Report on vaccination in the Province of Bengal - 1869-1873
Year: 1869
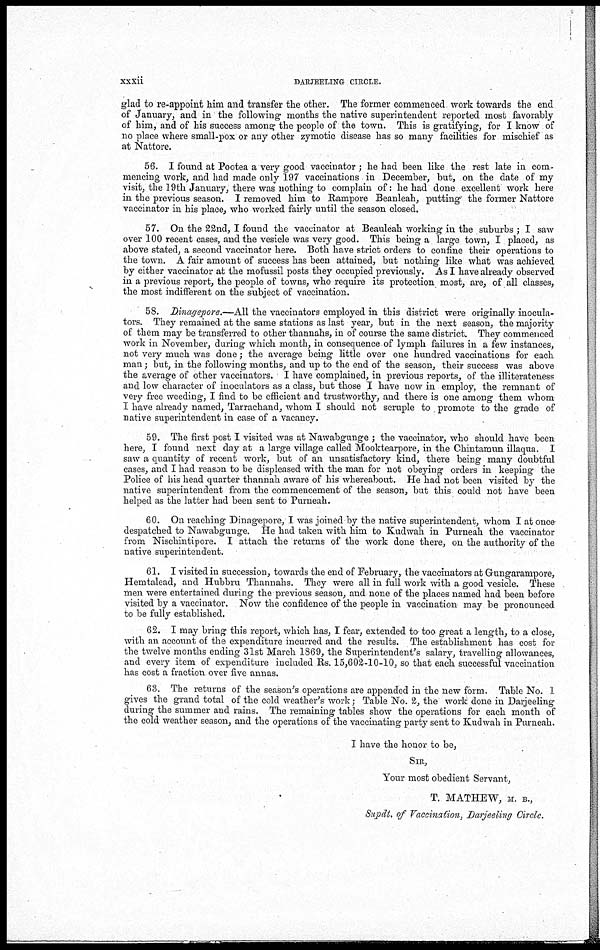
xxxii
DARJEELING CIRCLE.
glad to re-appoint him and transfer the other. The former commenced work towards the end
of January, and in the following months the native superintendent reported most favorably
of him, and of his success among the people of the town. This is gratifying, for I know of
no place where small-pox or any other zymotic disease has so many facilities for mischief as
at Nattore.
56. I found at Pootea a very good vaccinator ; he had been like the rest late in com-
mencing work, and had made only 197 vaccinations in December, but, on the date of my
visit, the 19th January, there was nothing to complain of: he had done excellent work here
in the previous season. I removed him to Rampore Beanleah, putting the former Nattore
vaccinator in his place, who worked fairly until the season closed.
57. On the 22nd, I found the vaccinator at Beauleah working in the suburbs ; I saw
over 100 recent cases, and the vesicle was very good. This being a large town, I placed, as
above stated, a second vaccinator here. Both have strict orders to confine their operations to
the town. A fair amount of success has been attained, but nothing like what was achieved
by either vaccinator at the mofussil posts they occupied previously. As I have already observed
in a previous report, the people of towns, who require its protection most, are, of all classes,
the most indifferent on the subject of vaccination.
58. Dinagepore.—All the vaccinators employed in this district were originally inocula-
tors. They remained at the same stations as last year, but in the next season, the majority
of them may be transferred to other thannahs, in of course the same district. They commenced
work in November, during which month, in consequence of lymph failures in a few instances,
not very much was done; the average being little over one hundred vaccinations for each
man; but, in the following months, and up to the end of the season, their success was above
the average of other vaccinators. I have complained, in previous reports, of the illiterateness
and low character of inoculators as a class, but those I have now in employ, the remnant of
very free weeding, I find to be efficient and trustworthy, and there is one among them whom
I have already named, Tarrachand, whom I should not scruple to promote to the grade of
native superintendent in case of a vacancy.
59. The first post I visited was at Nawabgunge ; the vaccinator, who should have been
here, I found next day at a large village called Mooktearpore, in the Chintamun illaqua. I
saw a quantity of recent work, but of an unsatisfactory kind, there being many doubtful
cases, and I had reason to be displeased with the man for not obeying orders in keeping the
Police of his head quarter thannah aware of his whereabout. He had not been visited by the
native superintendent from the commencement of the season, but this could not have been
helped as the latter had been sent to Purneah.
60. On reaching Dinagepore, I was joined by the native superintendent, whom I at once
despatched to Nawabgunge. He had taken with him to Kudwah in Purneah the vaccinator
from Nischintipore. I attach the returns of the work done there, on the authority of the
native superintendent.
61. I visited in succession, towards the end of February, the vaccinators at Gungarampore,
Hemtalead, and Hubbru Thannahs. They were all in full work with a good vesicle. These
men were entertained during the previous season, and none of the places named had been before
visited by a vaccinator. Now the confidence of the people in vaccination may be pronounced
to be fully established.
62. I may bring this report, which has, I fear, extended to too great a length, to a close,
with an account of the expenditure incurred and the results. The establishment has cost for
the twelve months ending 31st March 1869, the Superintendent's salary, travelling allowances,
and every item of expenditure included Rs. 15,602-10-10, so that each successful vaccination
has cost a fraction over five annas.
63. The returns of the season's operations are appended in the new form. Table No. 1
gives the grand total of the cold weather's work; Table No. 2, the work done in Darjeeling
during the summer and rains. The remaining tables show the operations for each month of
the cold weather season, and the operations of the vaccinating party sent to Kudwah in Purneah.
I have the honor to be,
SIR,
Your most obedient Servant,
T. MATHEW, M. B.,
Supdt. of Vaccination, Darjeeling Circle.